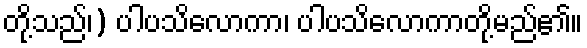
တို့သည်၊) ပါပသိလောကာ၊ ပါပသိလောကာတို့မည်၏။